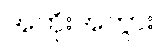
အဘိုးအဘွား